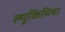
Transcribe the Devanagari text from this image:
ल्यूकिमिया